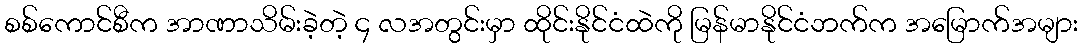
စစ်ကောင်စီက အာဏာသိမ်းခဲ့တဲ့ ၄ လအတွင်းမှာ ထိုင်းနိုင်ငံထဲကို မြန်မာနိုင်ငံဘက်က အမြောက်အများ